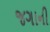
જગાની